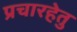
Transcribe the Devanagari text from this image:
प्रचारहेतु